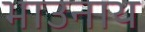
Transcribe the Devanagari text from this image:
भाउनाथ